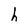
Character: h